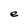
Character: e